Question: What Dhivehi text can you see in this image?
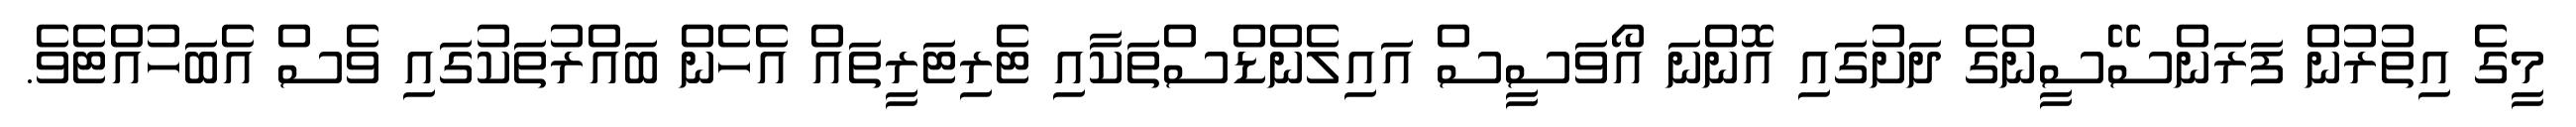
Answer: މީގެ އިތުރުން ފަރަންސޭސީންގެ ދަށުގައި އޮންނަ އޯވަސީސް އައިލެންޑްސްތަކާއި ޓެރިޓަރީތައް އެހެން ބައްރުތަކުގައި ވެސް އެބަހުއްޓެވެ.